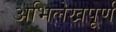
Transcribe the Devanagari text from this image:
अभिलेखपूर्ण